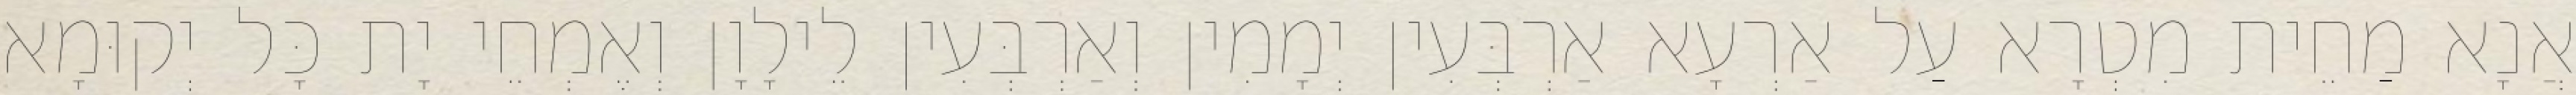
אֲנָא מַחֵית מִטְרָא עַל אַרְעָא אַרְבְּעִין יְמָמִין וְאַרְבְּעִין לֵילָוָן וְאֶמְחֵי יָת כָּל יְקוּמָא